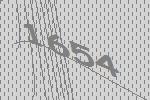
1654